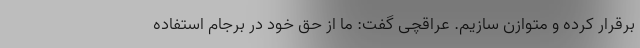
برقرار کرده و متوازن سازیم. عراقچی گفت: ما از حق خود در برجام استفاده